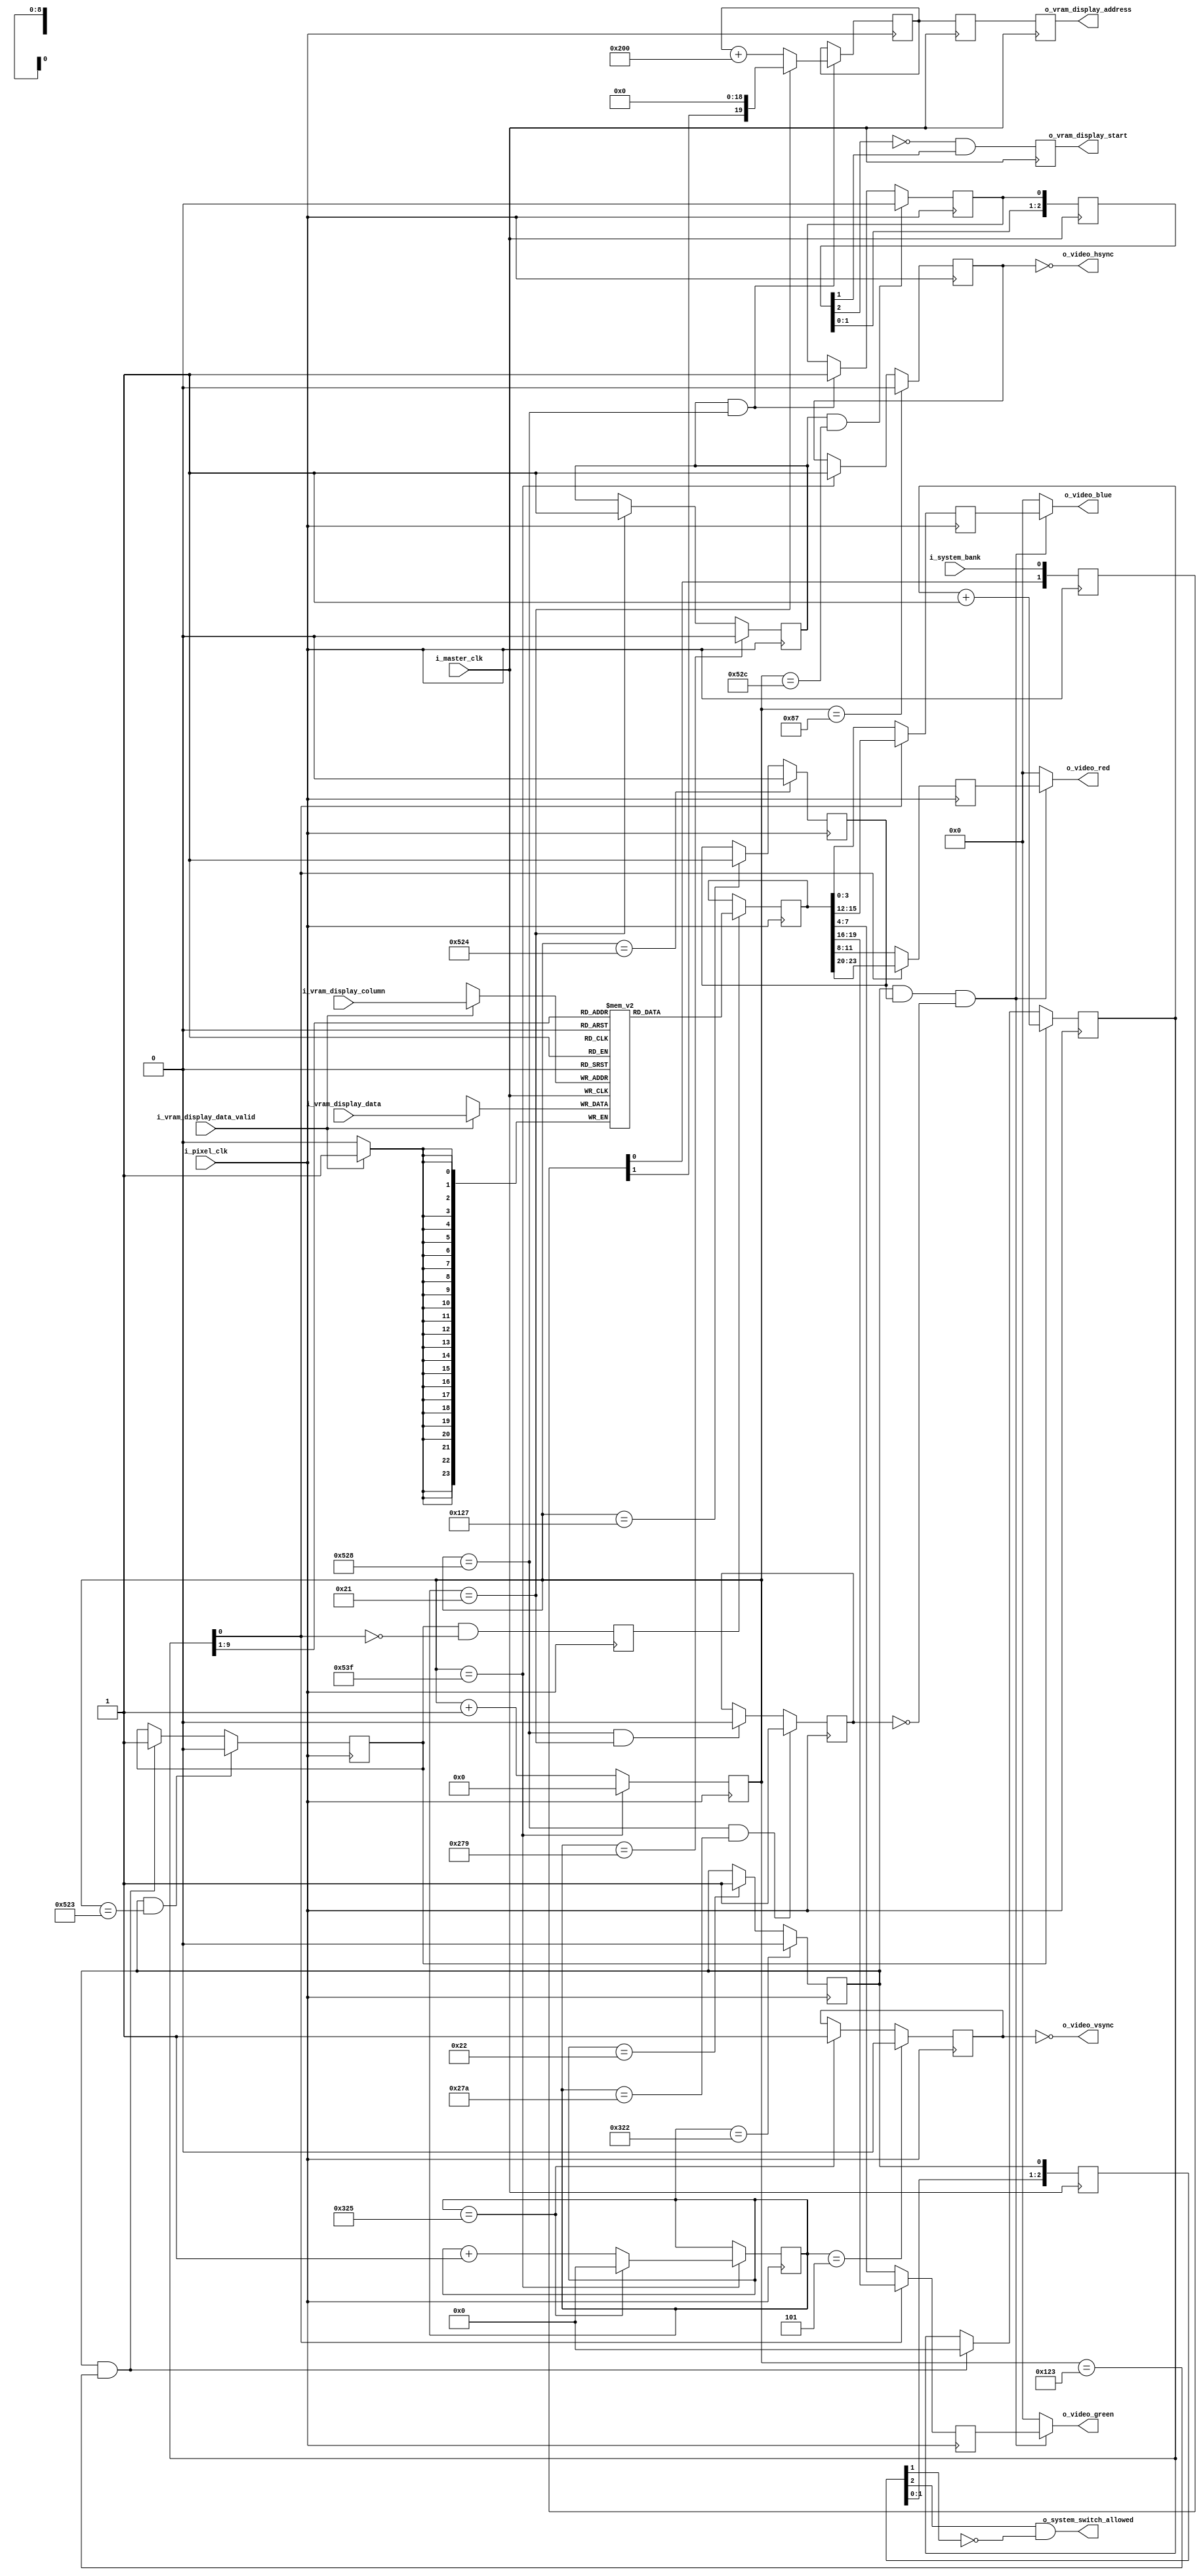
module VideoController (
        // pixel clock domain
        i_pixel_clk,

        // master clock domain
        i_master_clk,

        // SYSTEM CONTROLLER interface (master clock domain)
        i_system_bank,
        o_system_switch_allowed,

        // DISPLAY interface (pixel clock domain)
        o_video_hsync,
        o_video_vsync,
        o_video_red,
        o_video_green,
        o_video_blue,

        // MEMORY ARBITER interface (master clock domain)
        o_vram_display_address,
        o_vram_display_start,
        i_vram_display_column,
        i_vram_display_data,
        i_vram_display_data_valid

    );

    input           i_pixel_clk;
    input           i_master_clk;

    input           i_system_bank;
    output          o_system_switch_allowed;

    output          o_video_hsync;
    output          o_video_vsync;
    output[3:0]     o_video_red;
    output[3:0]     o_video_green;
    output[3:0]     o_video_blue;

    output[19:0]    o_vram_display_address;
    output          o_vram_display_start;
    input[8:0]      i_vram_display_column;
    input[23:0]     i_vram_display_data;
    input           i_vram_display_data_valid;

    reg             r_enabled = 1'b1;

    // ***********************************************
    // **                                           **
    // **   HORIZONTAL TIMING                       **
    // **                                           **
    // ***********************************************

    // timing parameters
    localparam HSYNC_WIDTH          = 1024;
    localparam HSYNC_PULSE          = 136;
    localparam HSYNC_FRONT_PORCH    = 24;
    localparam HSYNC_BACK_PORCH     = 160;
    localparam HSYNC_LAST           = HSYNC_BACK_PORCH + HSYNC_FRONT_PORCH + HSYNC_PULSE + HSYNC_WIDTH - 1;
    localparam HSYNC_MSB            = $clog2(HSYNC_LAST) - 1;

    // counting register
    reg[HSYNC_MSB:0] r_horizontal_counter = 0;

    always @(posedge i_pixel_clk)
        if(r_enabled) begin
            if(r_horizontal_counter == HSYNC_LAST)
                r_horizontal_counter <= 0;
            else
                r_horizontal_counter <= r_horizontal_counter + 1;
        end

    // timing signals
    reg r_hsync = 0;
    reg r_horizontal_video_on = 0;
    reg r_horizontal_front_porch = 0;

    always @(posedge i_pixel_clk) begin
        if(r_horizontal_counter == HSYNC_LAST)
            r_hsync <= 1;
        if(r_horizontal_counter == HSYNC_PULSE - 1)
            r_hsync <= 0;
    end

    always @(posedge i_pixel_clk) begin
        if(r_horizontal_counter == HSYNC_PULSE + HSYNC_BACK_PORCH - 1)
            r_horizontal_video_on <= 1;
        if(r_horizontal_counter == HSYNC_PULSE + HSYNC_BACK_PORCH + HSYNC_WIDTH - 4)
            r_horizontal_video_on <= 0;
    end

    always @(posedge i_pixel_clk) begin
        if(r_horizontal_counter == HSYNC_PULSE + HSYNC_BACK_PORCH + HSYNC_WIDTH - 1)
            r_horizontal_front_porch <= 1;
        if(r_horizontal_counter == HSYNC_LAST)
            r_horizontal_front_porch <= 0;
    end

    // export HSYNC (negative polarity)
    assign o_video_hsync = !r_hsync;


    // ***********************************************
    // **                                           **
    // **   VERTICAL TIMING                         **
    // **                                           **
    // ***********************************************

    // timing parameters
    localparam VSYNC_HEIGHT         = 768;
    localparam VSYNC_PULSE          = 6;
    localparam VSYNC_FRONT_PORCH    = 3;
    localparam VSYNC_BACK_PORCH     = 29;
    localparam VSYNC_LAST           = VSYNC_PULSE + VSYNC_BACK_PORCH + VSYNC_FRONT_PORCH + VSYNC_HEIGHT - 1;
    localparam VSYNC_MSB            = $clog2(VSYNC_LAST) - 1;    

    // counting register
    reg[VSYNC_MSB:0] r_vertical_counter = 0;

    always @(posedge i_pixel_clk)
        if(r_enabled && r_horizontal_counter == HSYNC_LAST) begin
            if(r_vertical_counter == VSYNC_LAST)
                r_vertical_counter <= 0;
            else
                r_vertical_counter <= r_vertical_counter + 1;
        end

    // timing signals
    reg r_vsync = 0;
    reg r_vertical_video_on = 0;

    always @(posedge i_pixel_clk) begin
        if(r_vertical_counter == VSYNC_LAST)
            r_vsync <= 1;
        if(r_vertical_counter == VSYNC_PULSE - 1)
            r_vsync <= 0;
    end

    always @(posedge i_pixel_clk) begin
        if(r_vertical_counter == VSYNC_PULSE + VSYNC_BACK_PORCH - 1)
            r_vertical_video_on <= 1;
        if(r_vertical_counter == VSYNC_PULSE + VSYNC_BACK_PORCH + VSYNC_HEIGHT - 1)
            r_vertical_video_on <= 0;
    end

    // export VSYNC (negative polarity)
    assign o_video_vsync = !r_vsync;

    // transfer falling edge of r_vertical_video_on into single clock pulse in master clock domain
    reg[2:0]    xd_switch_allowed = 3'b0;

    always @(posedge i_master_clk)
        xd_switch_allowed <= { xd_switch_allowed[1:0], r_vertical_video_on };

    assign o_system_switch_allowed = (xd_switch_allowed[2]==1 && xd_switch_allowed[1]==0);


    // ***********************************************
    // **                                           **
    // **   SCANLINE PREFETCH                       **
    // **                                           **
    // ***********************************************

    // prefetch is active
    reg r_prefetch_active = 0;

    // -- signal: next row is the first row displayed
    wire w_next_row_is_first = (r_vertical_counter == VSYNC_PULSE + VSYNC_BACK_PORCH - 2);

    // -- signal: next row is the last row displayed
    wire w_next_row_is_last = (r_vertical_counter == VSYNC_PULSE + VSYNC_BACK_PORCH + 600 - 2);

    always @(posedge i_pixel_clk) begin
        if(w_next_row_is_first)
            r_prefetch_active <= 1;
        if(w_next_row_is_last)
            r_prefetch_active <= 0;
    end


    // prefetch trigger (4 pixel cycles strobe)
    reg r_prefetch_strobe = 0;

    // -- signals: strobe start & end
    wire w_prefetch_start = (r_horizontal_counter == HSYNC_PULSE + HSYNC_BACK_PORCH + HSYNC_WIDTH);
    wire w_prefetch_strobe_end = (r_horizontal_counter == HSYNC_PULSE + HSYNC_BACK_PORCH + HSYNC_WIDTH + 4);

    always @(posedge i_pixel_clk) begin
        if(r_prefetch_active && w_prefetch_start)
            r_prefetch_strobe <= 1;
        if(r_prefetch_active && w_prefetch_strobe_end)
            r_prefetch_strobe <= 0;
    end

    // transfer DISPLAY BANK to pixel clock domain
    reg[1:0] xd_video_bank = 2'b00;

    always @(posedge i_pixel_clk)
        xd_video_bank <= { xd_video_bank[0], i_system_bank };


    // prefetch row start address (latched with riging edge of r_prefetch_strobe, address of the row that is about to be displayed)
    reg[19:0] r_prefetch_address = 20'b0;

    always @(posedge i_pixel_clk) begin
        if(r_prefetch_active && w_prefetch_start) begin
            if(w_next_row_is_first)
                r_prefetch_address <= { xd_video_bank[1], 19'b0 };
            else
                r_prefetch_address <= r_prefetch_address + 512;
        end
    end

    // ***********************************************
    // **                                           **
    // **  PREFETCH LINE BUFFER                     **
    // **                                           **
    // ***********************************************

    // buffer memory
    reg[23:0]   r_buffer_memory[511:0];


    // buffer reading (pixel clock domain)
    reg[23:0]   r_buffer_read_data;

    always @(posedge i_pixel_clk)
        if(r_cache_read_enable)
            r_buffer_read_data <= r_buffer_memory[r_cache_read_counter[9:1]];

    // buffer writing
    always @(posedge i_master_clk)
        if(i_vram_display_data_valid)
            r_buffer_memory[i_vram_display_column] <= i_vram_display_data;

    // transfer signals to VRAM to master clock domain
    reg[19:0] xd_vram_read_address_0 = 0;
    reg[19:0] xd_vram_read_address_1 = 0;

    always @(posedge i_master_clk) begin
        xd_vram_read_address_1 <= xd_vram_read_address_0;
        xd_vram_read_address_0 <= r_prefetch_address;
    end

    assign o_vram_display_address = xd_vram_read_address_1;

    reg[2:0] xd_vram_read_start = 3'b0;
    reg r_vram_read_start = 0;

    always @(posedge i_master_clk) begin
        xd_vram_read_start <= { xd_vram_read_start[1:0], r_prefetch_strobe };
        r_vram_read_start <= !xd_vram_read_start[2] && xd_vram_read_start[1];
    end

    assign o_vram_display_start = r_vram_read_start;

    // ***********************************************
    // **                                           **
    // **  VIDEO DATA GENERATOR                     **
    // **                                           **
    // ***********************************************

    // signal: cache first pixel
    wire        w_cache_pixel_first = r_vertical_video_on && (r_horizontal_counter == HSYNC_PULSE + HSYNC_BACK_PORCH - 5);
    // signal: cache last pixel
    wire        w_cache_pixel_last = r_vertical_video_on && (r_horizontal_counter == HSYNC_PULSE + HSYNC_BACK_PORCH + HSYNC_WIDTH - 5);

    // cache read address
    reg[9:0]    r_cache_read_counter ;

    always @(posedge i_pixel_clk) begin
        if(w_cache_pixel_first)
            r_cache_read_counter <= 0;
        if(r_cache_read_active)
            r_cache_read_counter <= r_cache_read_counter + 1;

    end

    // cache read active
    reg         r_cache_read_active  = 0;

    always @(posedge i_pixel_clk) begin
        if(w_cache_pixel_first)
            r_cache_read_active <= 1;
        if(w_cache_pixel_last)
            r_cache_read_active <= 0;
    end

    // cache read enable
    reg         r_cache_read_enable = 0;

    always @(posedge i_pixel_clk) 
        r_cache_read_enable <= (r_cache_read_active && r_cache_read_counter[0]==0);

    // pixel demuxing
    reg[3:0]    r_video_red_out;
    reg[3:0]    r_video_green_out;
    reg[3:0]    r_video_blue_out;

    always @(posedge i_pixel_clk) begin
        if (r_cache_read_counter[0]==0) begin
            r_video_red_out <= r_buffer_read_data[11:8];
            r_video_green_out <= r_buffer_read_data[7:4];
            r_video_blue_out <= r_buffer_read_data[3:0];
        end else begin
            r_video_red_out <= r_buffer_read_data[23:20];
            r_video_green_out <= r_buffer_read_data[19:16];
            r_video_blue_out <= r_buffer_read_data[15:12];
        end
    end

    // video output

    // -- signal: video on (blanking off screen area)
    wire w_video_on = r_vertical_video_on && r_horizontal_video_on && !r_video_blank;
    
    assign o_video_red = w_video_on ? r_video_red_out : 0;
    assign o_video_green =  w_video_on ? r_video_green_out : 0;
    assign o_video_blue =  w_video_on ? r_video_blue_out : 0;


    // @@@@@@@@@@@@@@@@@@@@@@@@@@@@@@@@@@@@@@@@@@@@@@@@@@@
    // @@                                               @@
    // @@  TO BE DELETED: blank last 168 lines          @@
    // @@                                               @@
    // @@@@@@@@@@@@@@@@@@@@@@@@@@@@@@@@@@@@@@@@@@@@@@@@@@@

    wire w_next_row_is_last_displayed = (r_vertical_counter == VSYNC_PULSE + VSYNC_BACK_PORCH + 600 - 1);

    reg r_video_blank = 1;

    always @(posedge i_pixel_clk) begin
        if(w_prefetch_start && w_next_row_is_first)
            r_video_blank <= 0;
        if(w_prefetch_start && w_next_row_is_last_displayed)
            r_video_blank <= 1;
    end



endmodule